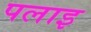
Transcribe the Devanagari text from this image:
पलाइ